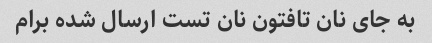
به جای نان تافتون نان تست ارسال شده برام